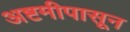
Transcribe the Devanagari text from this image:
अष्टमीपासून